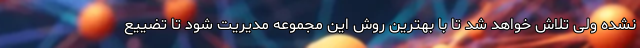
نشده ولی تلاش خواهد شد تا با بهترین روش این مجموعه مدیریت شود تا تضییع